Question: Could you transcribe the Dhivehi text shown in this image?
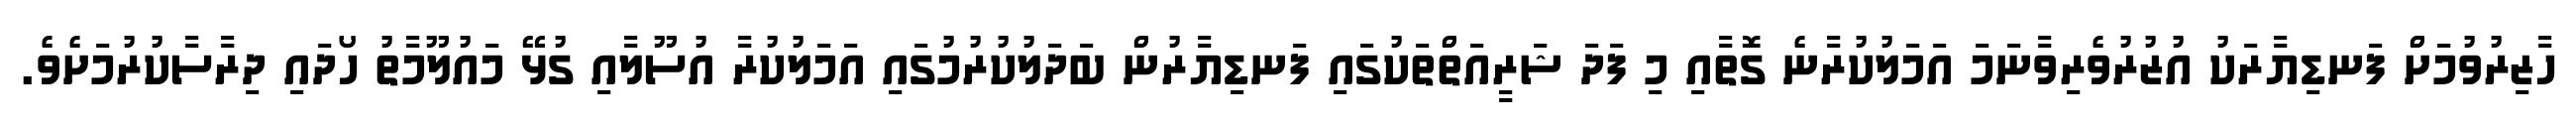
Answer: ހާޒިރުވުމަށް ފަނޑިޔާރަކު އުޒުރުވެރިވާނަމަ އަމަލުކުރާނެ ގޮތާއި މި ފަދަ ޝަރީއަތްތަކުގައި ފަނޑިޔާރުން ބަދަލުކުރުމުގައި އަމަލުކުރާ އުސޫލާއި ގުޅޭ މައުލޫމާތު ހޯދައި ދިރާސާކުރުމަށެވެ.